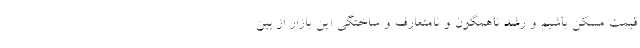
قیمت مسکن باشیم و رشد ناهمگون و نامتعارف و ساختگی این بازار از بین